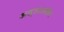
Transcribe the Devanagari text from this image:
अल्लाऊदीन